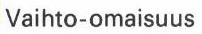
Vaihto-omaisuus